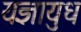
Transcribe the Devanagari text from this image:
यज्ञायुध